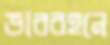
ভারবহনে